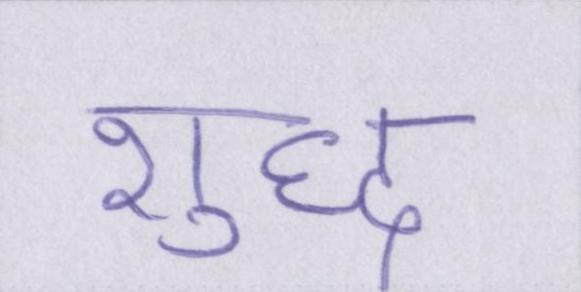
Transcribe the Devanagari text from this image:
शुध्द